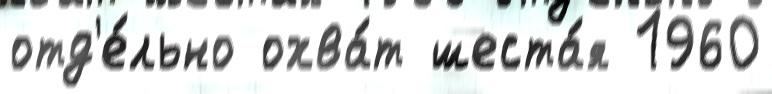
отд'е́льно охва́т шеста́я 1960